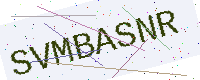
Text: SVMBASNR